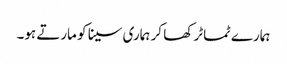
ہمارے ٹماٹر کھا کر ہماری سینا کو مارتے ہو۔